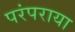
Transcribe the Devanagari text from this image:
परंपराया